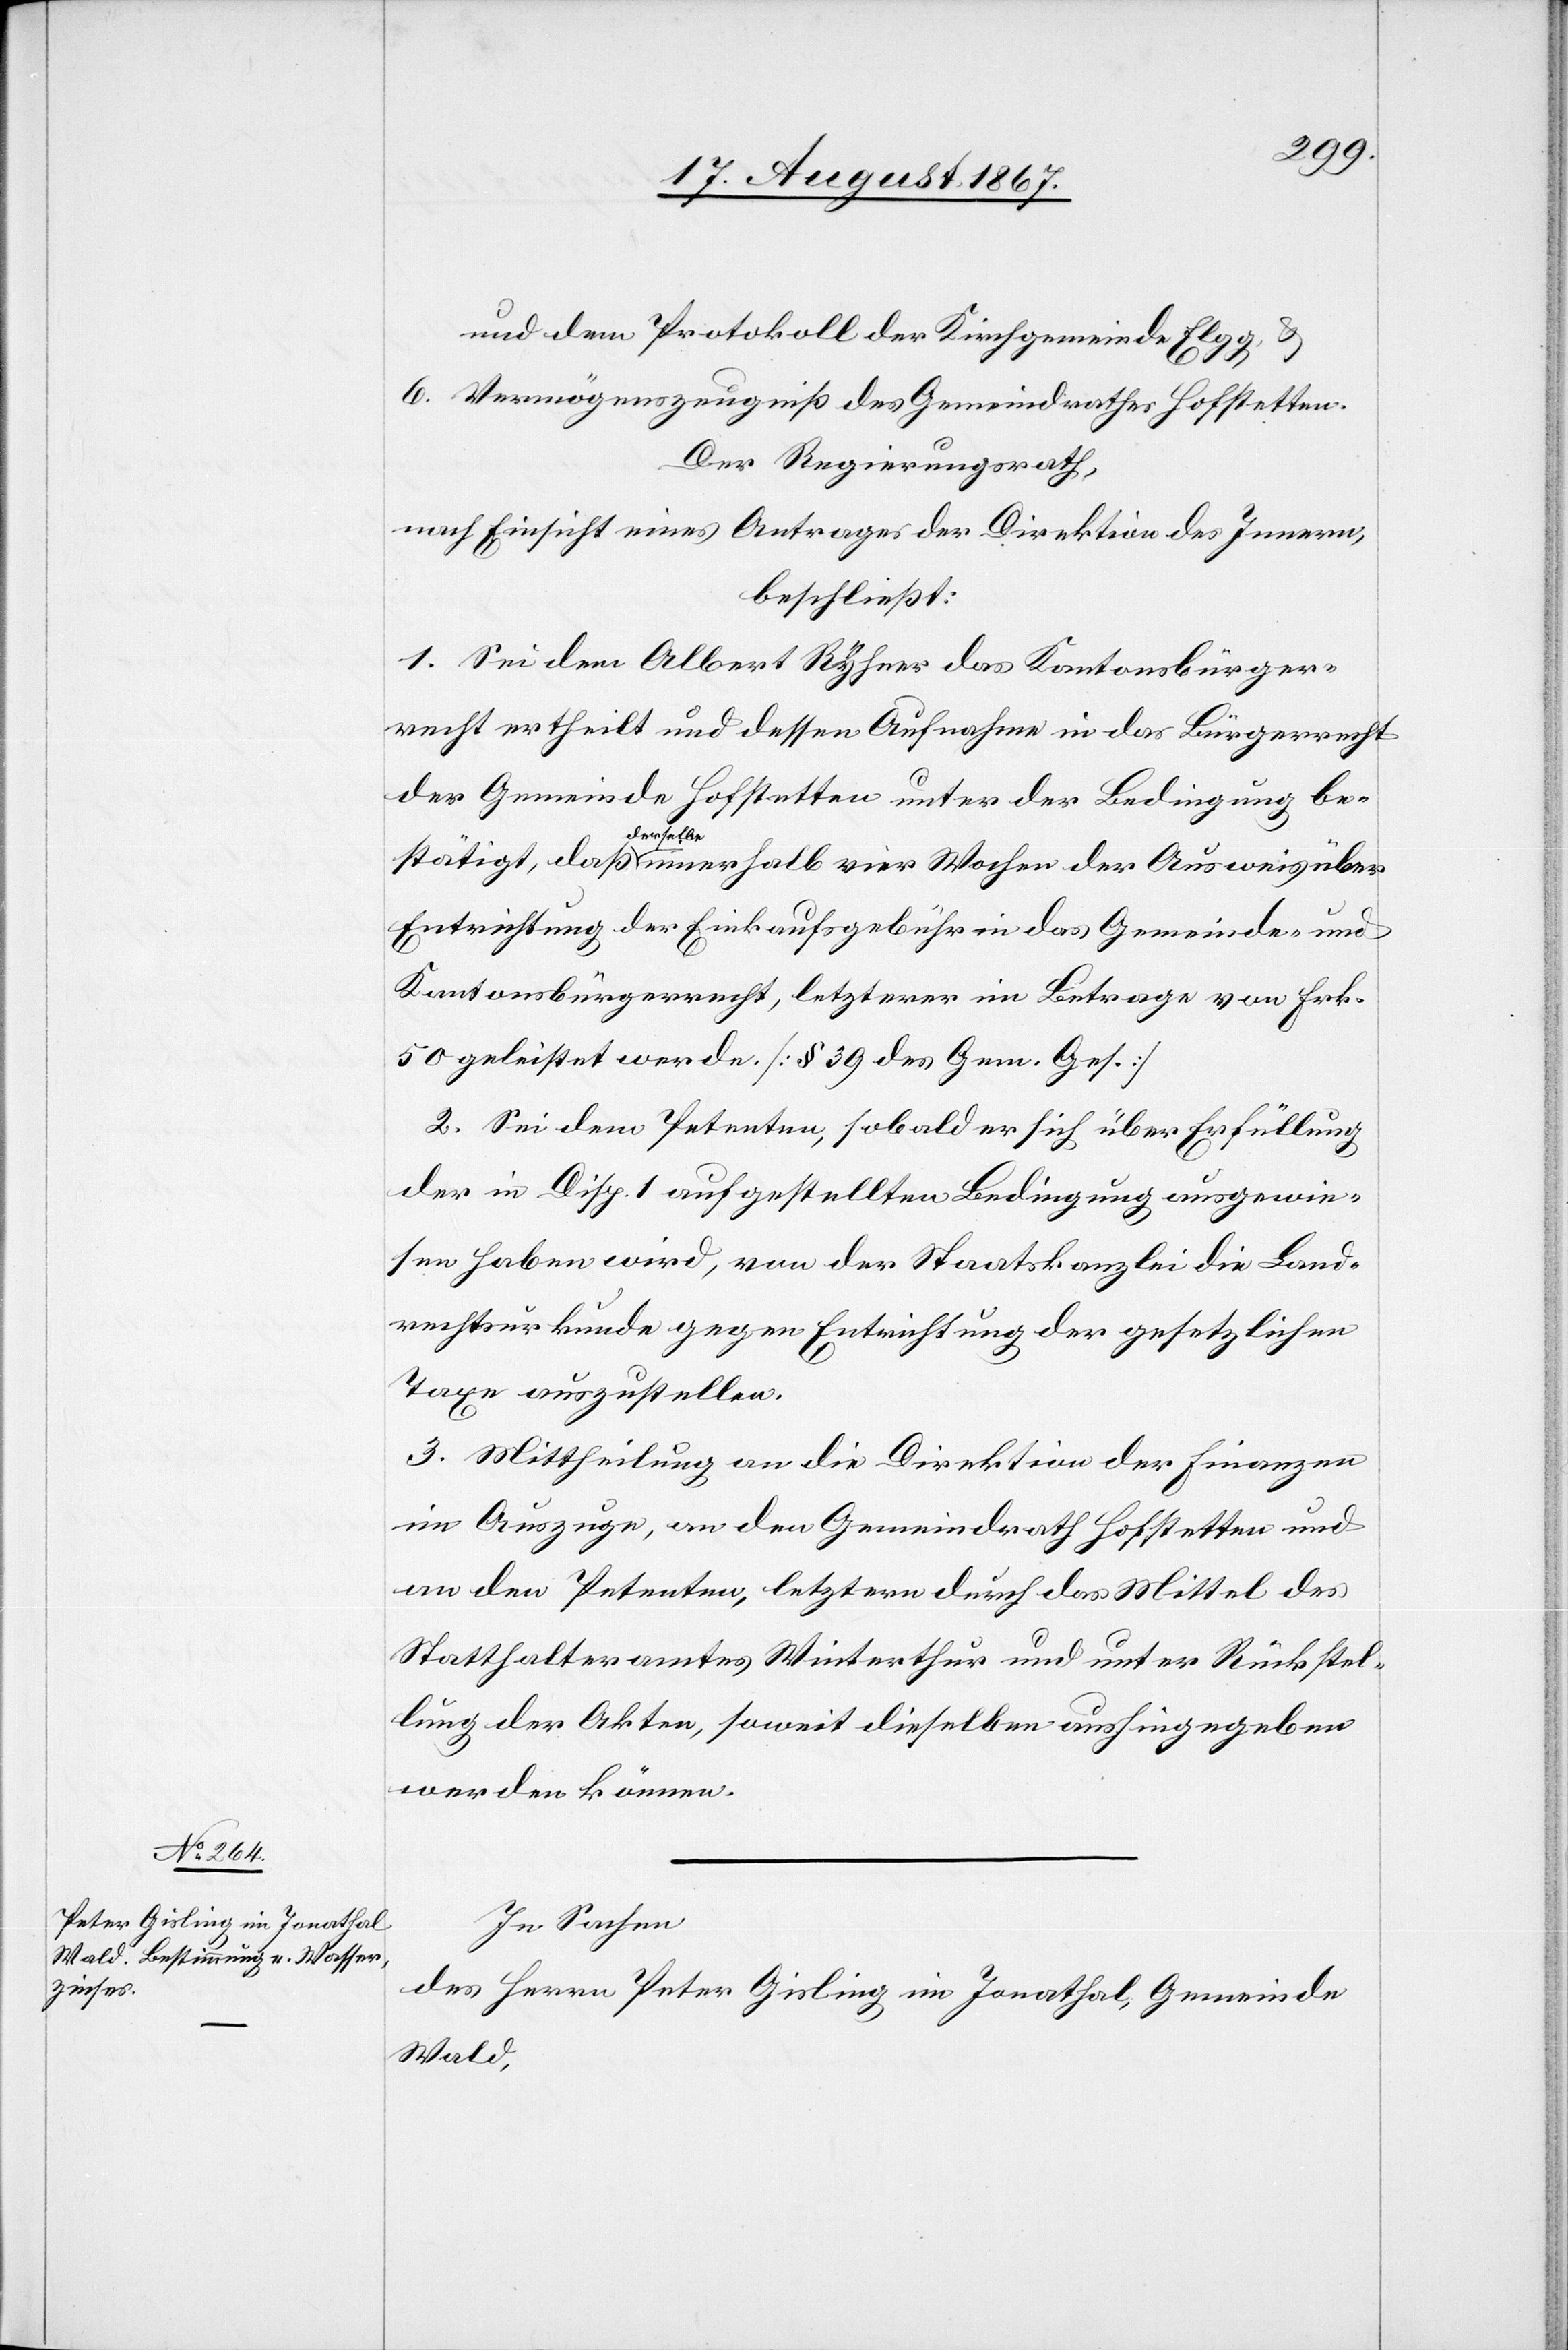
und dem Protokoll der Kirchgemeinde Elgg, u.
6. Vermögenszeugniß des Gemeindrathes Hofstetten.
Der Regierungsrath,
nach Einsicht eines Antrages der Direktion des Innern,
beschließt:
1. Sei dem Albert Rhyner das Kantonsbürger¬
recht ertheilt und dessen Aufnahme in das Bürgerrecht
der Gemeinde Hofstetten unter der Bedingung be¬
stätigt, daß derselbe innerhalb vier Wochen der Ausweis über
Entrichtung der Einkaufsgebühr in das Gemeinde- und
Kantonsbürgerrecht, letzterer im Betrage von Frk.
50 geleistet werde. [§ 39 des Gem. Ges.]
2. Sei dem Petenten, sobald er sich über Erfüllung
der in Disp. 1 aufgestellten Bedingung ausgewie¬
sen haben wird, von der Staatskanzlei die Land¬
rechtsurkunde gegen Entrichtung der gesetzlichen
Taxe auszustellen.
3. Mittheilung an die Direktion der Finanzen
im Auszuge, an den Gemeindrath Hofstetten und
an den Petenten, letztern durch das Mittel des
Statthalteramtes Winterthur und unter Rücksen¬
dung der Akten, soweit dieselben aushingegeben
werden können.
In Sachen
des Herrn Peter Gisling im Jonathal, Gemeinde
Wald,